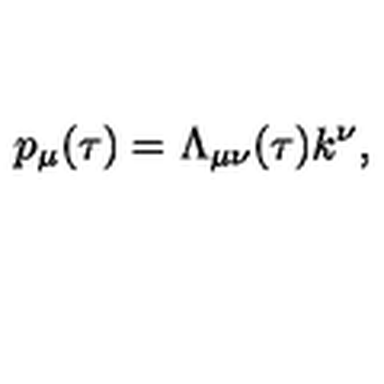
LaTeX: p _ { \mu } ( \tau ) = \Lambda _ { \mu \nu } ( \tau ) k ^ { \nu } ,